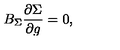
B _ { \Sigma } \frac { \partial \Sigma } { \partial g } = 0 ,